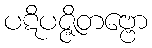
ပဋိပဇ္ဇိတဗ္ဗော